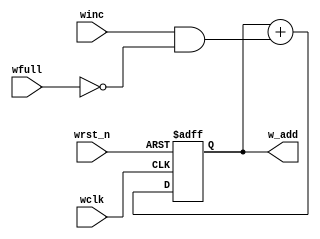
module WADDRESS_INC 
(output [4:0] w_add,
input  wclk,wfull,winc,wrst_n);
reg [4:0] wbin;
wire [4:0] wgraynext, wbinnext;
 always @(posedge wclk or negedge wrst_n) 
if (!wrst_n) {wbin} <= 0;
else {wbin} <= {wbinnext};
// Memory write-address pointer (okay to use binary to address memory)
assign w_add = wbin[4:0];
assign wbinnext = wbin + (winc & ~wfull);
endmodule